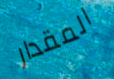
المقدار